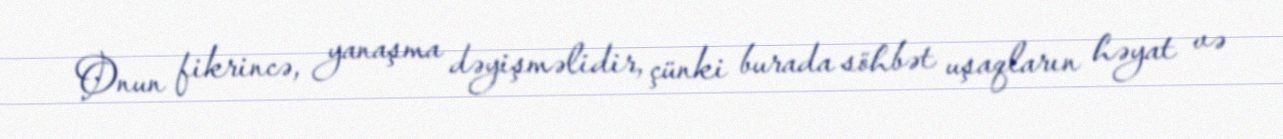
Onun fikrincə, yanaşma dəyişməlidir, çünki burada söhbət uşaqların həyat və